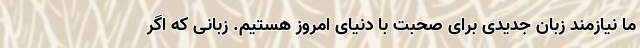
ما نیازمند زبان جدیدی برای صحبت با دنیای امروز هستیم. زبانی که اگر